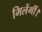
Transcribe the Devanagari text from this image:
मिलेंगीं।